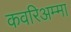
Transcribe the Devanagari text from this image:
कवरिअम्मा